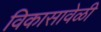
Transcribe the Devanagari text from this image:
विकासावेळी